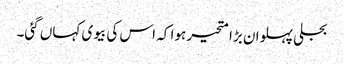
بجلی پہلوان بڑا متحیر ہوا کہ اس کی بیوی کہاں گئی۔